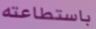
باستطاعته